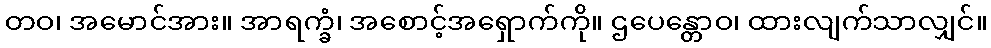
တဝ၊ အမောင်အား။ အာရက္ခံ၊ အစောင့်အရှောက်ကို။ ဌပေန္တောဝ၊ ထားလျက်သာလျှင်။